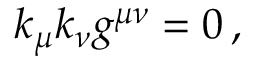
k _ { \mu } k _ { \nu } g ^ { \mu \nu } = 0 \, ,